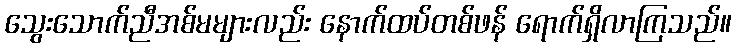
သွေးသောက်ညီအစ်မများလည်း နောက်ထပ်တစ်ဖန် ရောက်ရှိလာကြသည်။